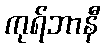
ကုရ်ဘာနီ